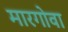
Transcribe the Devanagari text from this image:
मारगोवा